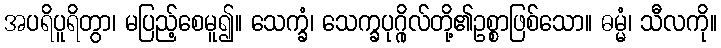
အပရိပူရိတွာ၊ မပြည့်စေမူ၍။ သေက္ခံ၊ သေက္ခပုဂ္ဂိုလ်တို့၏ဥစ္စာဖြစ်သော။ ဓမ္မံ၊ သီလကို။